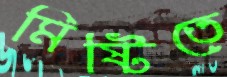
মিষ্টিতে